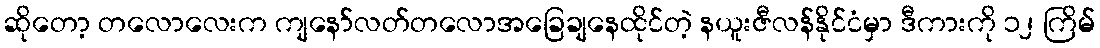
ဆိုတော့ တလောလေးက ကျနော်လတ်တလောအခြေချနေထိုင်တဲ့ နယူးဇီလန်နိုင်ငံမှာ ဒီကားကို ၁၂ ကြိမ်